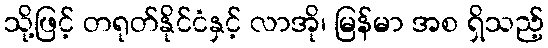
သို့ဖြင့် တရုတ်နိုင်ငံနှင့် လာအို၊ မြန်မာ အစ ရှိသည့်